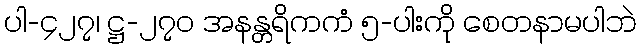
ပါ-၄၂၇၊ ဋ္ဌ-၂၇၀ အနန္တရိကကံ ၅-ပါးကို စေတနာမပါဘဲ